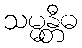
သမ္မန္တီဓ